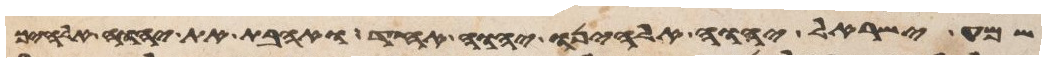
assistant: שמע ישראל יהוה אלהינו יהוה אחד ואהבת את יהוה אלהיך